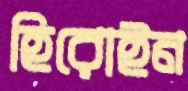
হিরোইন